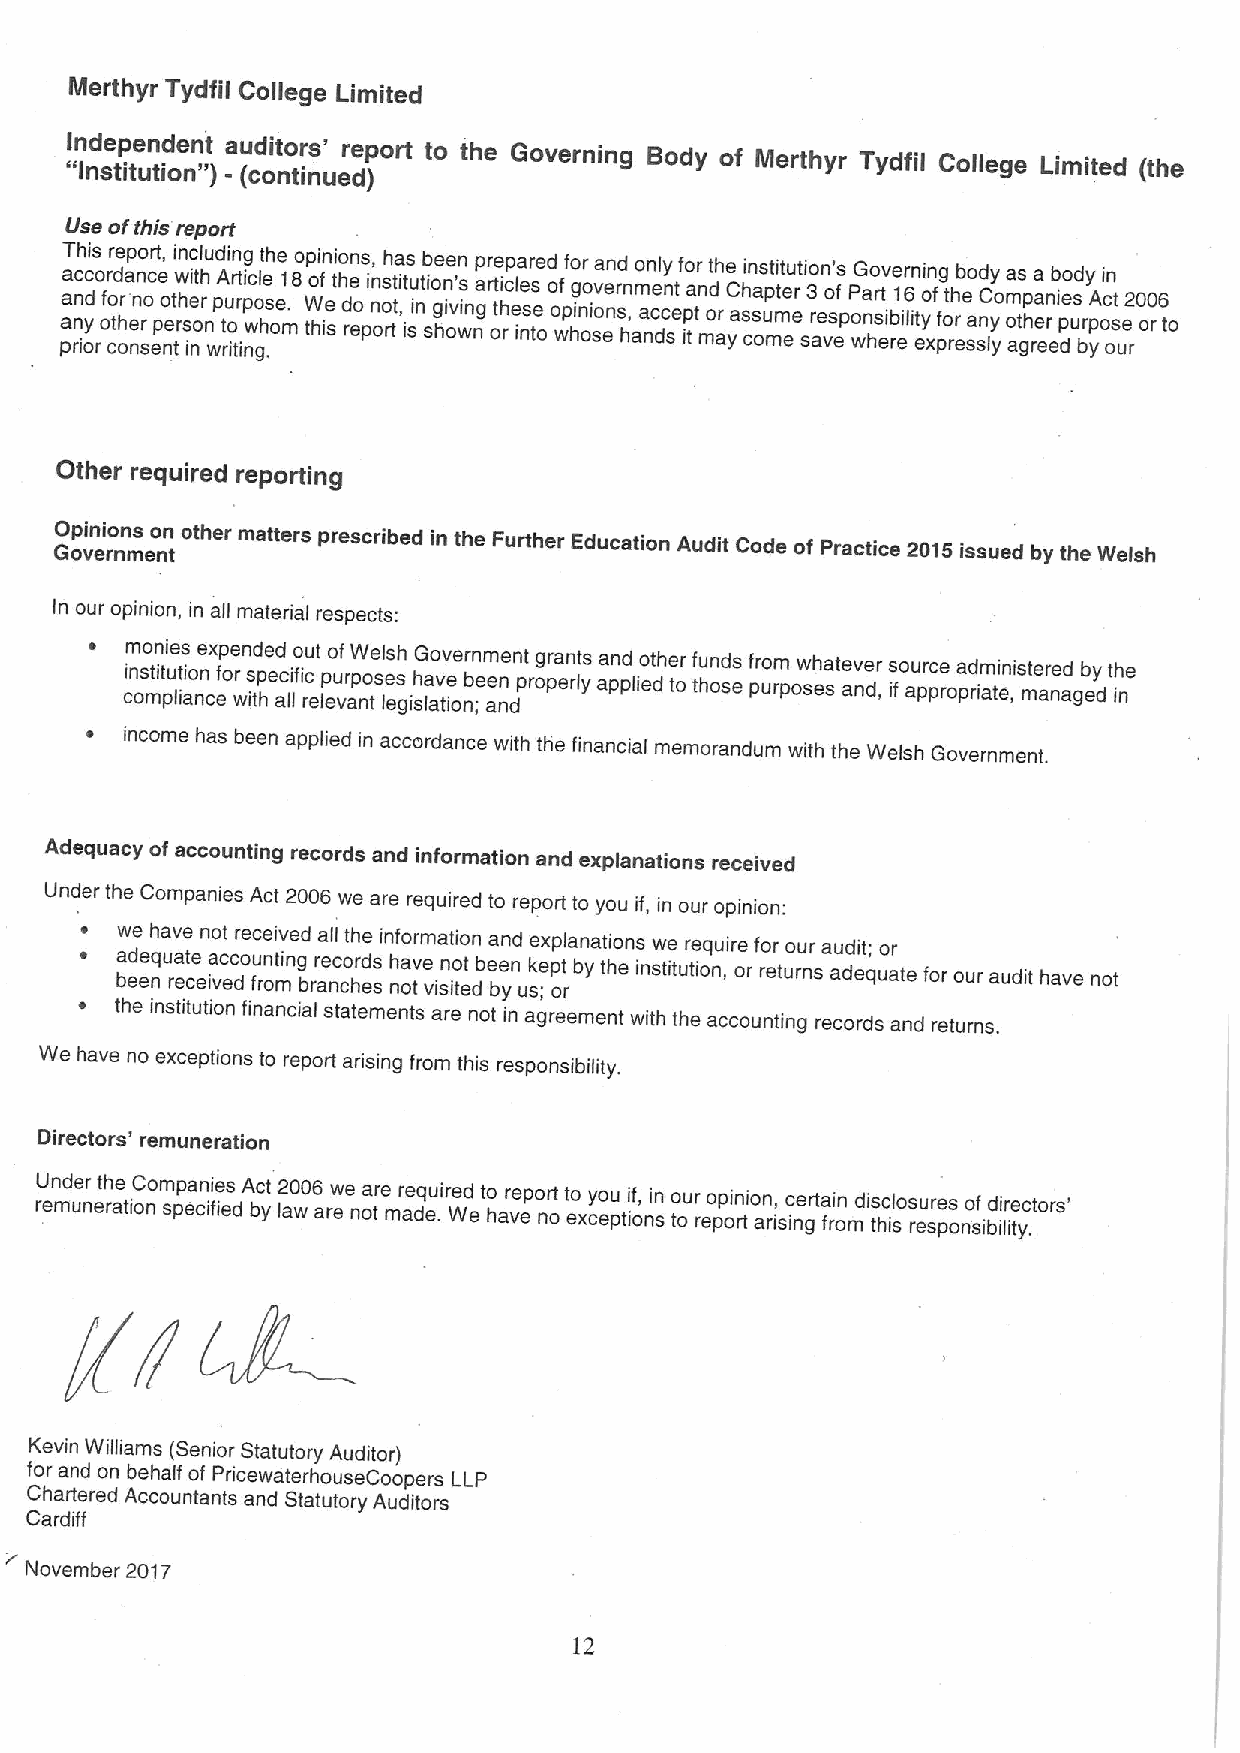
Merthyr Tydfil College Limited
 "In Ind se tp ite un td ioe nnt "
 )
 a -u (cd oit no tr is n' uedre )port to the Governing Body of Merthyr Tydfil College Limited (the
 Use ofthis report
 a paaT n rnch iyd ocis ro ofr codr te h orap e nn no r sc or et e p, no e tt ri w hn se ii oc nt rl h nu wd pAi rtun ior tg r it npi wc gol .het sh oee m.18op W to hi fn ie si to h d rn e eos p, i onn rosh tt ta i ,ts iu sit nib so hge n oie 's v wn in ngp arr ote ti h rp c ela ie sr nse e tod o o wf pf hio g n or o i sova enen r sd n , hm ao a nen c dnly ct sepf io a ttr n md ot ah r ye C ashi csn a ous p mt mti et eu erti so 3 arn e v's o s epf oP wnG a s ho r ib etv i re l e1 ir tn 6 yi en o xg f pfot rh erb e so a sd n lC yy yoma o ats gp h ra ea en r eib de po s ud bry p yA oi c osn t e u2 r0 o0 r6 to
 Other required reporting
 GO op vin ei ro nn ms eno tn other matters prescribed in the Further Education Audit Code of Practice 2015 issued by the Welsh
 In our opinion, in all material respects:
 ~ cim n oso mtin t puie lt iis o anne cx efp oe r wn id s tp he ed c ali lfo ic ru et lp eo u vf arp nW o te sel ls s eh gishG la ao v tiv e oe nr ;bn em e ae n nn dt prog pr ea rn lt ys aa pn pd lieo dthe tr o f tu hn od ss e f pr uom rpow seh sate av ne dr , s ifo au pr pc re opa rd iam tei ,nist mer ae nd ageb dy th ine
 ~ income has been applied in accordance with the financial memorandum with the Welsh Government.
 Adequacy of accounting records and information and explanations received
 Under the Companies Act 2006 we are required to report to you if, in our opinion:
 ~  we have not received all the information and explanations we require for our audit; or
 ~  a bd eee nqua rete ceivac ec dou fn roti mng brr ae nc co hr ed ss h na ov te visn io tet dbe be yn usk ;ep ot rby the institution, or returns adequate for our audit have not
 ~  the institution financial statements are not in agreement with the accounting records and returns.
 We have no exceptions to report arising from this responsibility.
 Directors' remuneration
 rU en md ue nr ert ah te ionCom spp ea cn ii fe is ed A bc yt 2 la0 w06 arw ee noa tre mr ae dq eu .ire Wd eto har ve epo nrt
 o
 t eo xcy eo pu tioif n, sin o tour reo pp oi rn tio an r, isic ne grta fi rn omdi ts hc il sos ru er se ps onso ibf ild ii tr ye .ctors'
 Kevin Williams (Senior Statutory Auditor)
 for and on behalf of PricewaterhouseCoopers LLP
 Chartered Accountants and Statutory Auditors
 Cardiff
 November 2017
 12